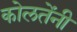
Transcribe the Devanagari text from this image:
कोलतेंनी